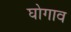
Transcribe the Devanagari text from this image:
घोगाव